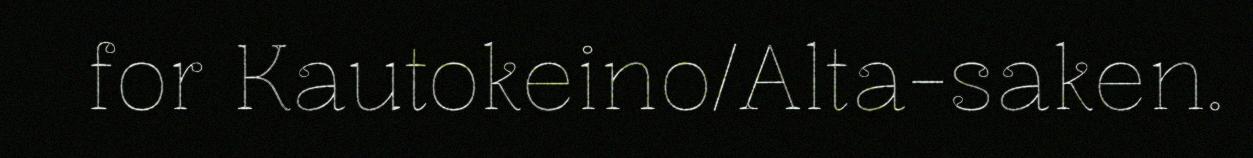
for Kautokeino/Alta-saken.